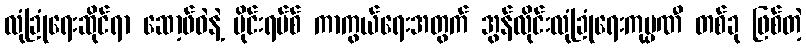
လုံခြုံရေးဆိုင်ရာ ဆော့ဖ်ဝဲနဲ့ ဗိုင်းရပ်စ် ကာကွယ်ရေးအတွက် အွန်လိုင်းလုံခြုံရေးကုမ္ပဏီ တစ်ခု ဖြစ်တဲ့